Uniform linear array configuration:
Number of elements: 4
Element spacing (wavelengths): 0.5
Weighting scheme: hann
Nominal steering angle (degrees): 60
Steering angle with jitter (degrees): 61.917
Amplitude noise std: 0.05
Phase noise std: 0.05

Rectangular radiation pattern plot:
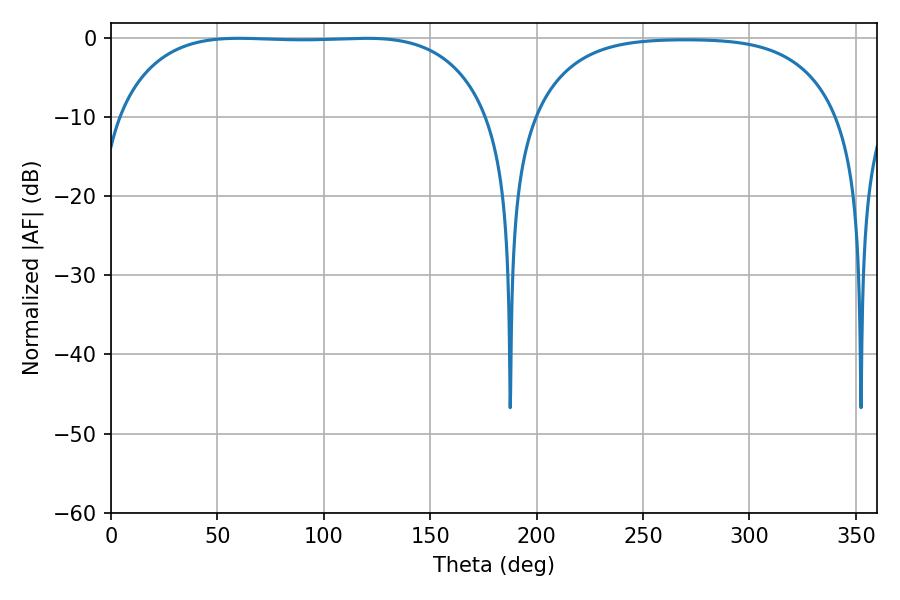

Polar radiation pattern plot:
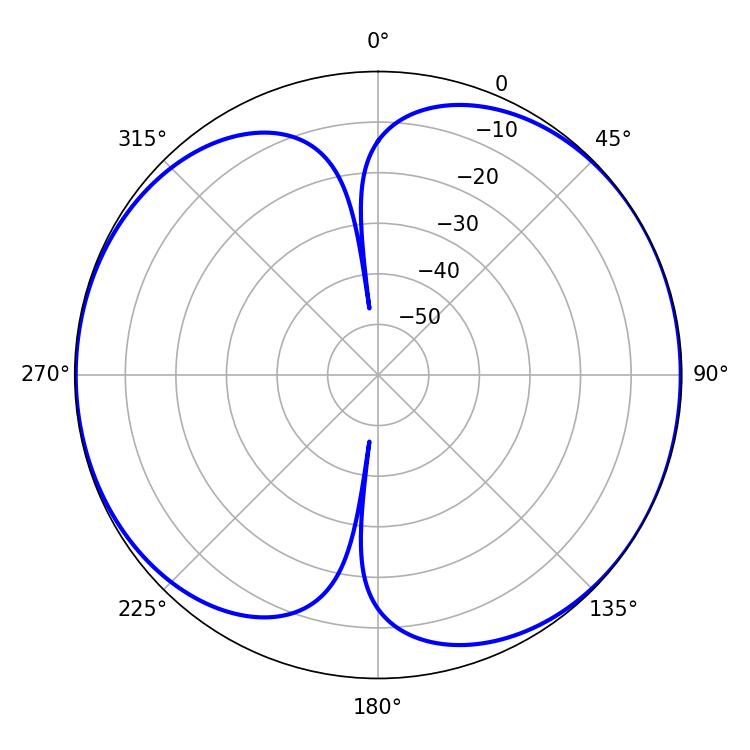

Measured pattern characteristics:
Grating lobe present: FALSE
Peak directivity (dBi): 7.432
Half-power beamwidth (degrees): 136.8
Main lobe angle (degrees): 60.12